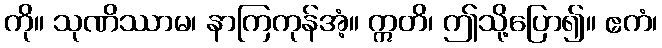
ကို။ သုဏိဿာမ၊ နာကြကုန်အံ့။ ဣတိ၊ ဤသို့ပြော၍။ ဧကံ၊